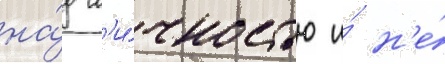
на́д л'и́чностью и́ н'е́